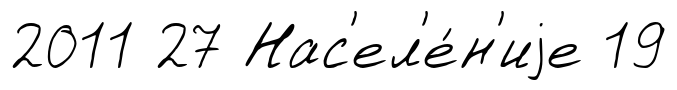
2011 27 Нас'ел'е́н'иjе 19